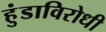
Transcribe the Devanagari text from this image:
हुंडाविरोधी